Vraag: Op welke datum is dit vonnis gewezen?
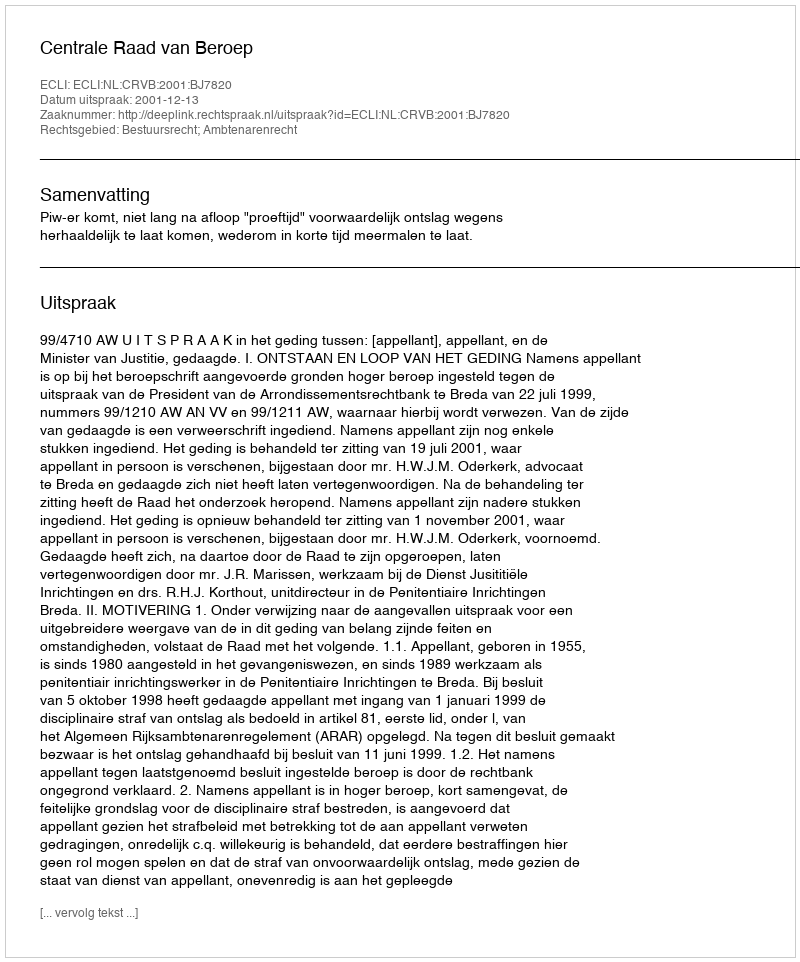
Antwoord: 2001-12-13